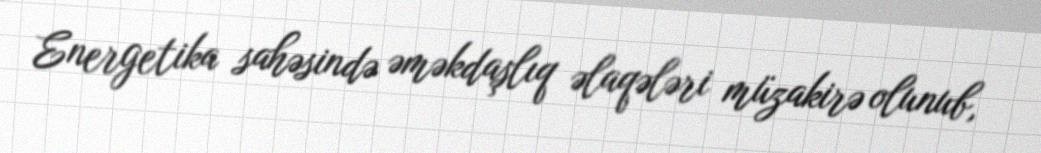
Energetika sahəsində əməkdaşlıq əlaqələri müzakirə olunub,